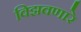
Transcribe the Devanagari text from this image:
विझवणारे